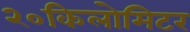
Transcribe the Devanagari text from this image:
२०किलोमिटर